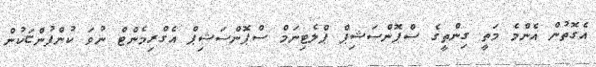
އެގޮތުން އެންމެ މަތީ ގިންތީގެ ސްޕޮންސަޝިޕް ޕްލެޓިނަމް ސްޕޮންސަޝިޕް އެގްރިމެންޓް ނުވަ ކުންފުންޏަކުން